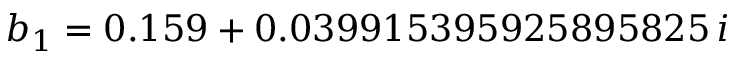
b _ { 1 } = 0 . 1 5 9 + 0 . 0 3 9 9 1 5 3 9 5 9 2 5 8 9 5 8 2 5 \, i